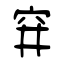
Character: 穽